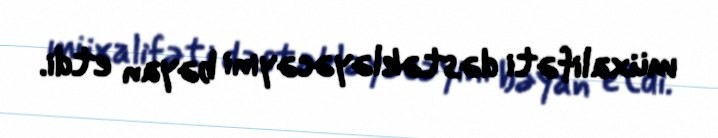
müxalifəti dəstəkləyəcəyini bəyan etdi.